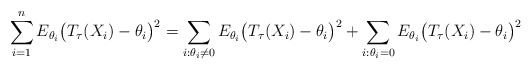
\begin{align*}\sum_{i=1}^{n} E_{\theta_{i}} \big(T_{\tau}(X_{i})-\theta_{i}\big)^2= \sum_{i:\theta_i\neq 0} E_{\theta_{i}} \big(T_{\tau}(X_{i})-\theta_{i}\big)^2 + \sum_{i:\theta_i=0} E_{\theta_{i}} \big(T_{\tau}(X_{i})-\theta_{i}\big)^2\end{align*}